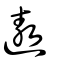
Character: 遨